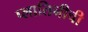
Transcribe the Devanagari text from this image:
प्लातिनीची